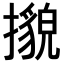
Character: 𢷕